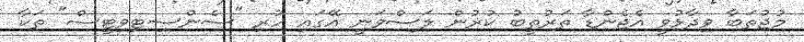
މުޖުތަބާ ވިދާޅުވީ އެޖެންޑާ ތަރުތީބު ކުރުން ލަސްވަނީ އޭގައި ހުރި "ސެންސިޓިވިޓީސް" ތަކާ